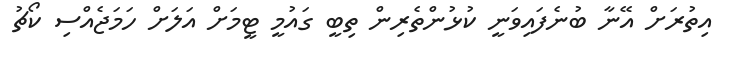
އިތުރަށް އޭނާ ބުނެފައިވަނީ ކުޅުންތެރިން ތިބީ ގައުމީ ޓީމަށް އަލަށް ހަމަޖެއްސި ކޯޗު